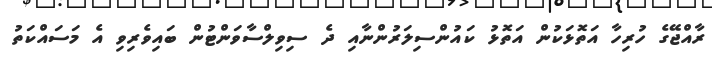
ރާއްޖޭގެ ހުރިހާ އަތޮޅަކުން އަތޮޅު ކައުންސިލަރުންނާއި ދެ ސިވިލްސާވަންޓުން ބައިވެރިވި އެ މަސައްކަތު